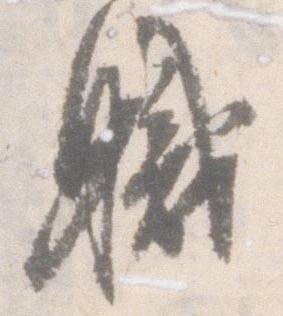
職